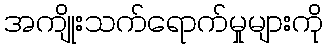
အကျိုးသက်ရောက်မှုများကို